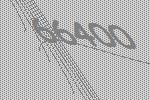
66400